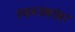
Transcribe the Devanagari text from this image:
क्लब्जबरोबर